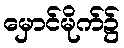
မှောင်မိုက်၌